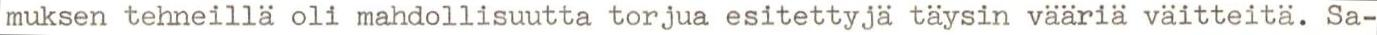
muksen tehneillä oli mahdollisuutta torjua esitettyjä täysin vääriä väitteitä. Sa-